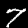
Digit: 7